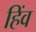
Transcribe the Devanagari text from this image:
हिंव